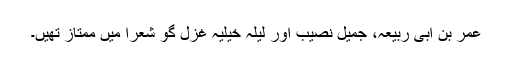
عمر بن ابی ربیعہ، جمیل نصیب اور لیلہ خیلیہ غزل گو شعرا میں ممتاز تھیں۔